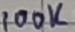
Text: 100K